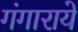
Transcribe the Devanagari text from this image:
गंगाराये